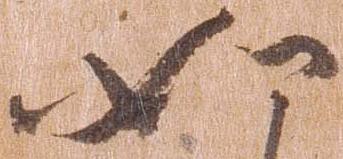
如